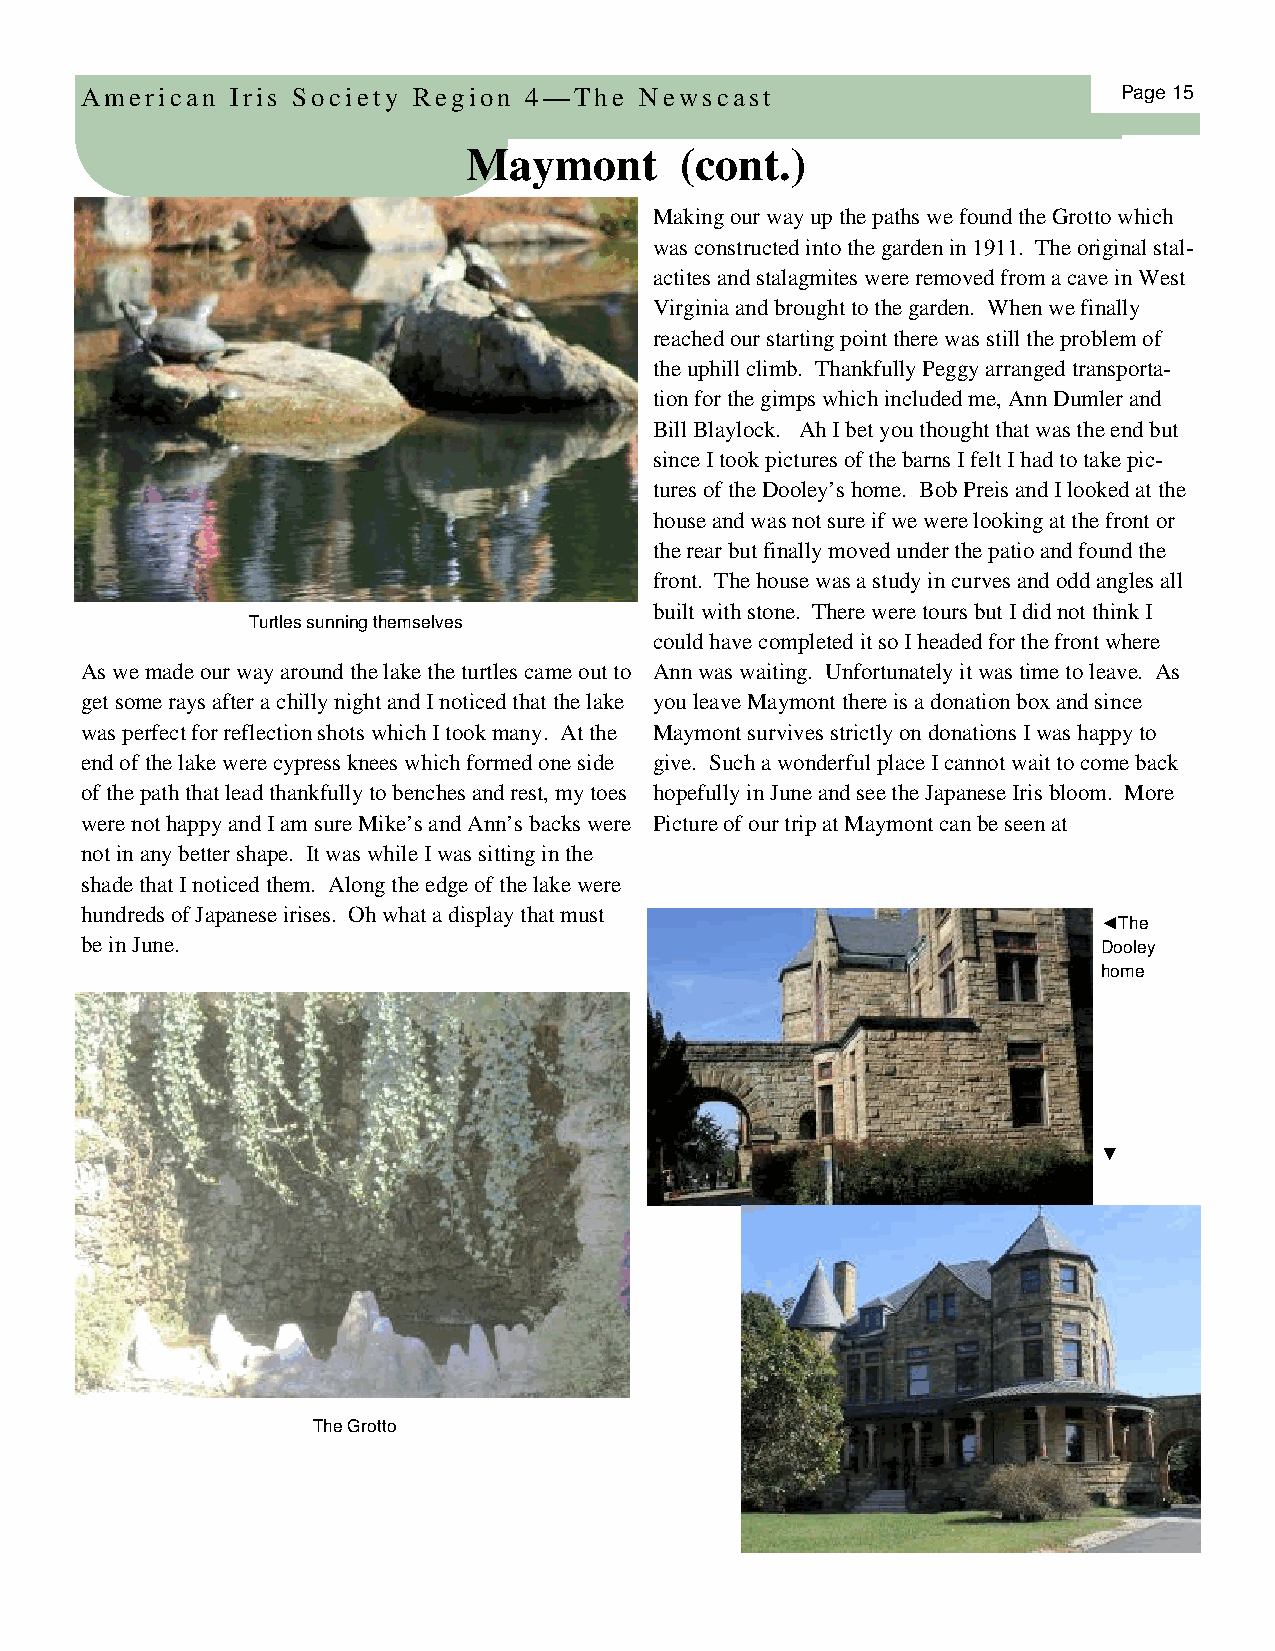
American  Iris Society Region 4—The  Newscast                        Page 15
 Maymon     t  (cont.)
 Making our way up the paths we found the Grotto which
 was constructed into the garden in 1911. The original stal-
 actites and stalagmites were removed from a cave in West
 Virginia and brought to the garden. When we finally
 reached our starting point there was still the problem of
 the uphill climb. Thankfully Peggy arranged transporta-
 tion for the gimps which included me, Ann Dumler and
 Bill Blaylock. Ah I bet you thought that was the end but
 since I took pictures of the barns I felt I had to take pic-
 tures of the Dooley’s home. Bob Preis and I looked at the
 house and was not sure if we were looking at the front or
 the rear but finally moved under the patio and found the
 front. The house was a study in curves and odd angles all
 built with stone. There were tours but I did not think I
 Turtles sunning themselves
 could have completed it so I headed for the front where
 As we made our way around the lake the turtles came out to Ann was waiting. Unfortunately it was time to leave. As
 get some rays after a chilly night and I noticed that the lake you leave Maymont there is a donation box and since
 was perfect for reflection shots which I took many. At the Maymont survives strictly on donations I was happy to
 end of the lake were cypress knees which formed one side give. Such a wonderful place I cannot wait to come back
 of the path that lead thankfully to benches and rest, my toes hopefully in June and see the Japanese Iris bloom. More
 were not happy and I am sure Mike’s and Ann’s backs were Picture of our trip at Maymont can be seen at
 not in any better shape. It was while I was sitting in the
 shade that I noticed them. Along the edge of the lake were
 hundreds of Japanese irises. Oh what a display that must
 ◄The
 be in June.                                                         Dooley
 home
 ▼
 The Grotto